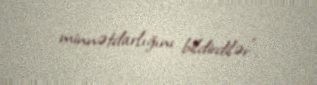
minnətdarlığını bildirdilər".